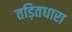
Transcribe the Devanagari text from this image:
तड़ितधारा